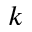
k